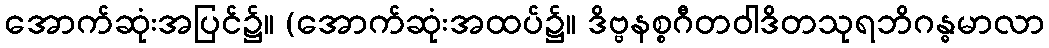
အောက်ဆုံးအပြင်၌။ (အောက်ဆုံးအထပ်၌။ ဒိဗ္ဗနစ္စဂီတဝါဒိတသုရဘိဂန္ဓမာလာ